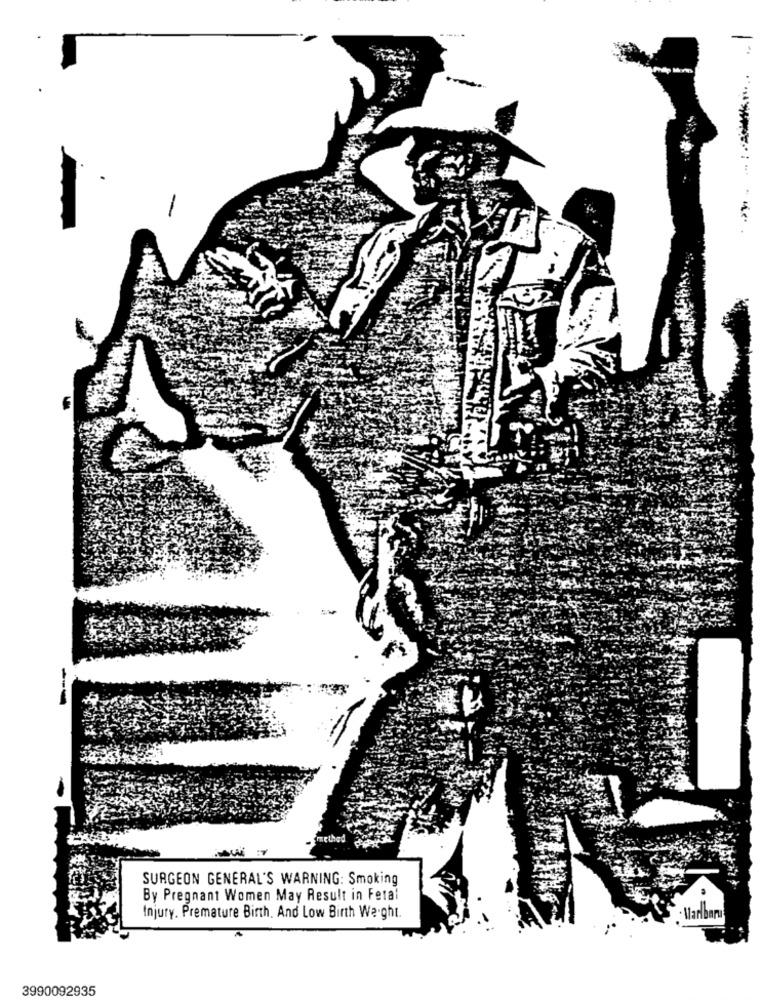
SURGEON GENERAL'S WARNING: Smoking
By Pregnant Women May Result in Fetal
Injury. Premature Birth. And Low Birth Weight.
. Marlbaru
3990092935